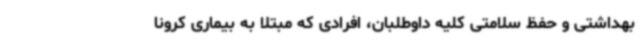
بهداشتی و حفظ سلامتی کلیه داوطلبان، افرادی که مبتلا به بیماری کرونا